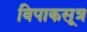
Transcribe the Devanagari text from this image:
विपाकसूत्र